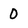
Character: 0